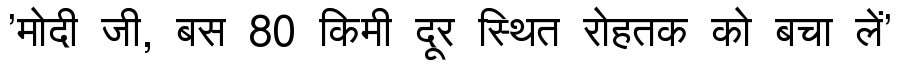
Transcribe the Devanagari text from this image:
'मोदी जी, बस 80 किमी दूर स्थित रोहतक को बचा लें'